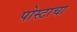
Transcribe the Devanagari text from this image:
पोस्टाचा